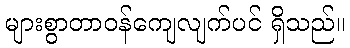
များစွာတာဝန်ကျေလျက်ပင် ရှိသည်။